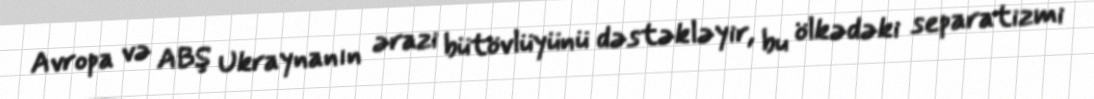
Avropa və ABŞ Ukraynanın ərazi bütövlüyünü dəstəkləyir, bu ölkədəki separatizmi